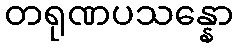
တရုဏပသန္နော